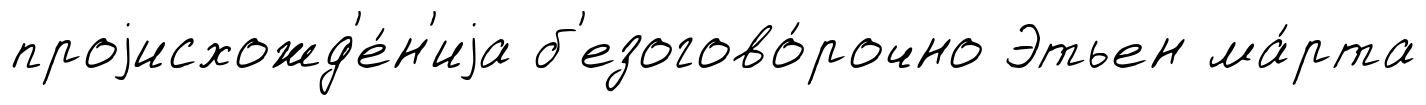
проjисхожд'е́н'иjа б'езогово́рочно Этьен ма́рта